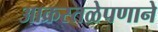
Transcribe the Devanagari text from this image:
आक्रस्तळेपणाने